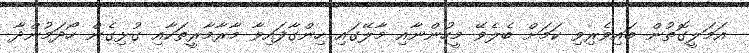
އަމަލީގޮތުން ބައިވެރިވި ކަމަށް ބެލެވޭ މީހުންނާއި މާލޭގައި ހިންގާފައިވާ މާރާމާރީތަކާއި ގުޅިގެން ހޯދަމުންދާ